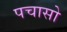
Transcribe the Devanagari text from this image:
पचासो